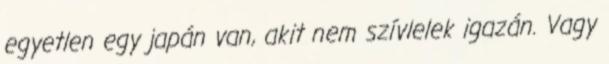
egyetlen egy japán van, akit nem szívlelek igazán. Vagy